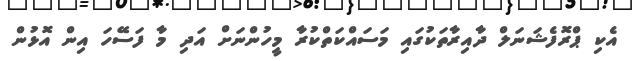
އެކި ޕްރޮފެޝަނަލް ދާއިރާތަކުގައި މަސައްކަތްކުރާ މީހުންނަށް އަދި މާ ފަސޭހަ އިން އޮޅުން